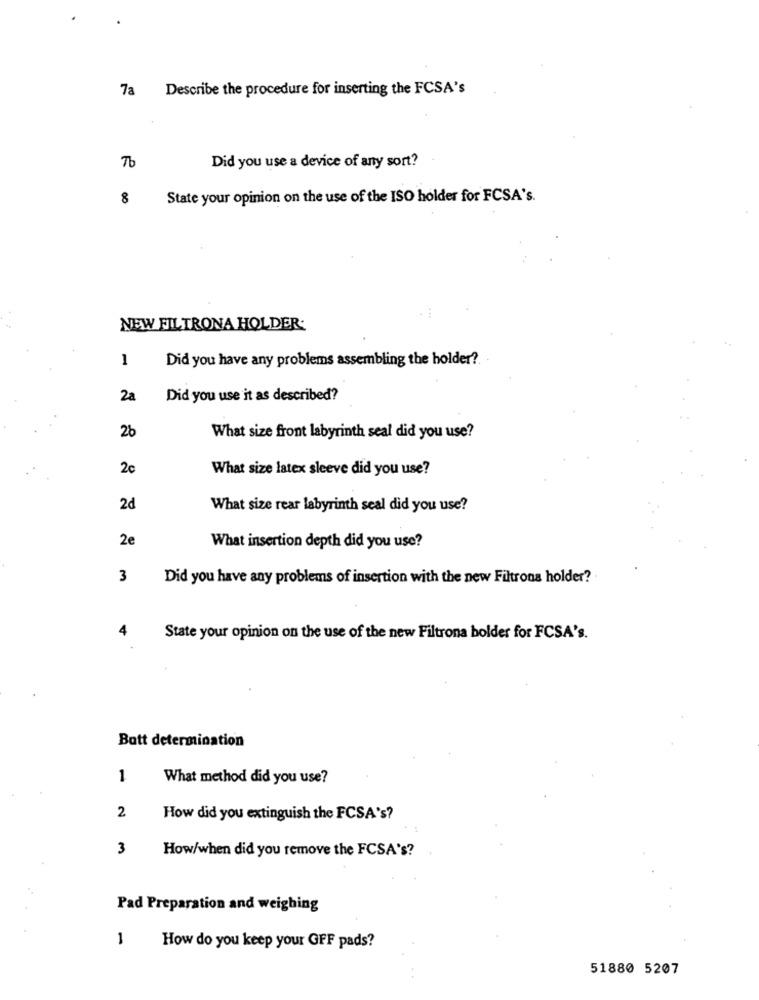
7a
Describe the procedure for inserting the FCSA's
Tb
Did you use a device of any sort?
8
State your opinion on the use of the ISO holder for FCSA's.
NEW FILTRONA HOLDER:
1
Did you have any problems assembling the holder?
2a
Did you use it as described?
26
What size front labyrinth seal did you use?
2c
What size latex sleeve did you use?
2d
What size rear labyrinth seal did you use?
2e
What insertion depth did you use?
3
Did you have any problems of insertion with the new Filtrona holder?
4
State your opinion on the use of the new Filtrona holder for FCSA's.
Bott determination
1
What method did you use?
2
How did you extinguish the FCSA's?
3
How/when did you remove the FCSA's?
Pad Preparation and weighing
-
How do you keep your GFF pads?
51880 5207